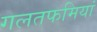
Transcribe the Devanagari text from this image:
गलतफमियां